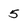
Character: 5